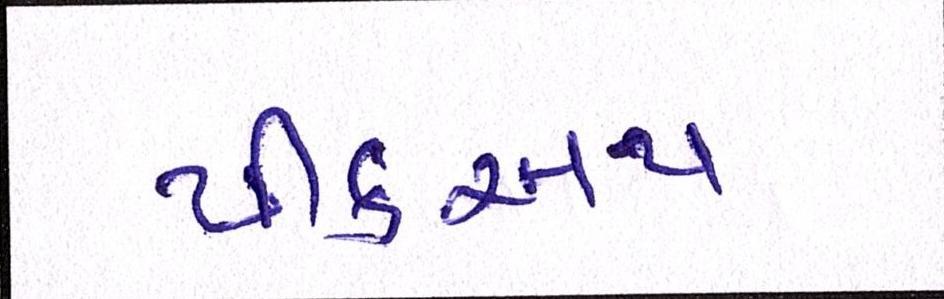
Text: પીકઅપ